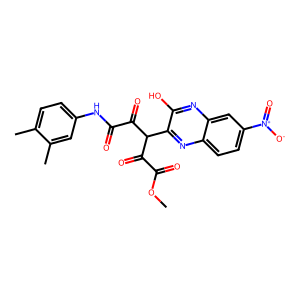
SMILES: COC(=O)C(=O)C(C(=O)C(=O)Nc1ccc(C)c(C)c1)c1nc2ccc([N+](=O)[O-])cc2nc1O
Inhibits HIV replication: No